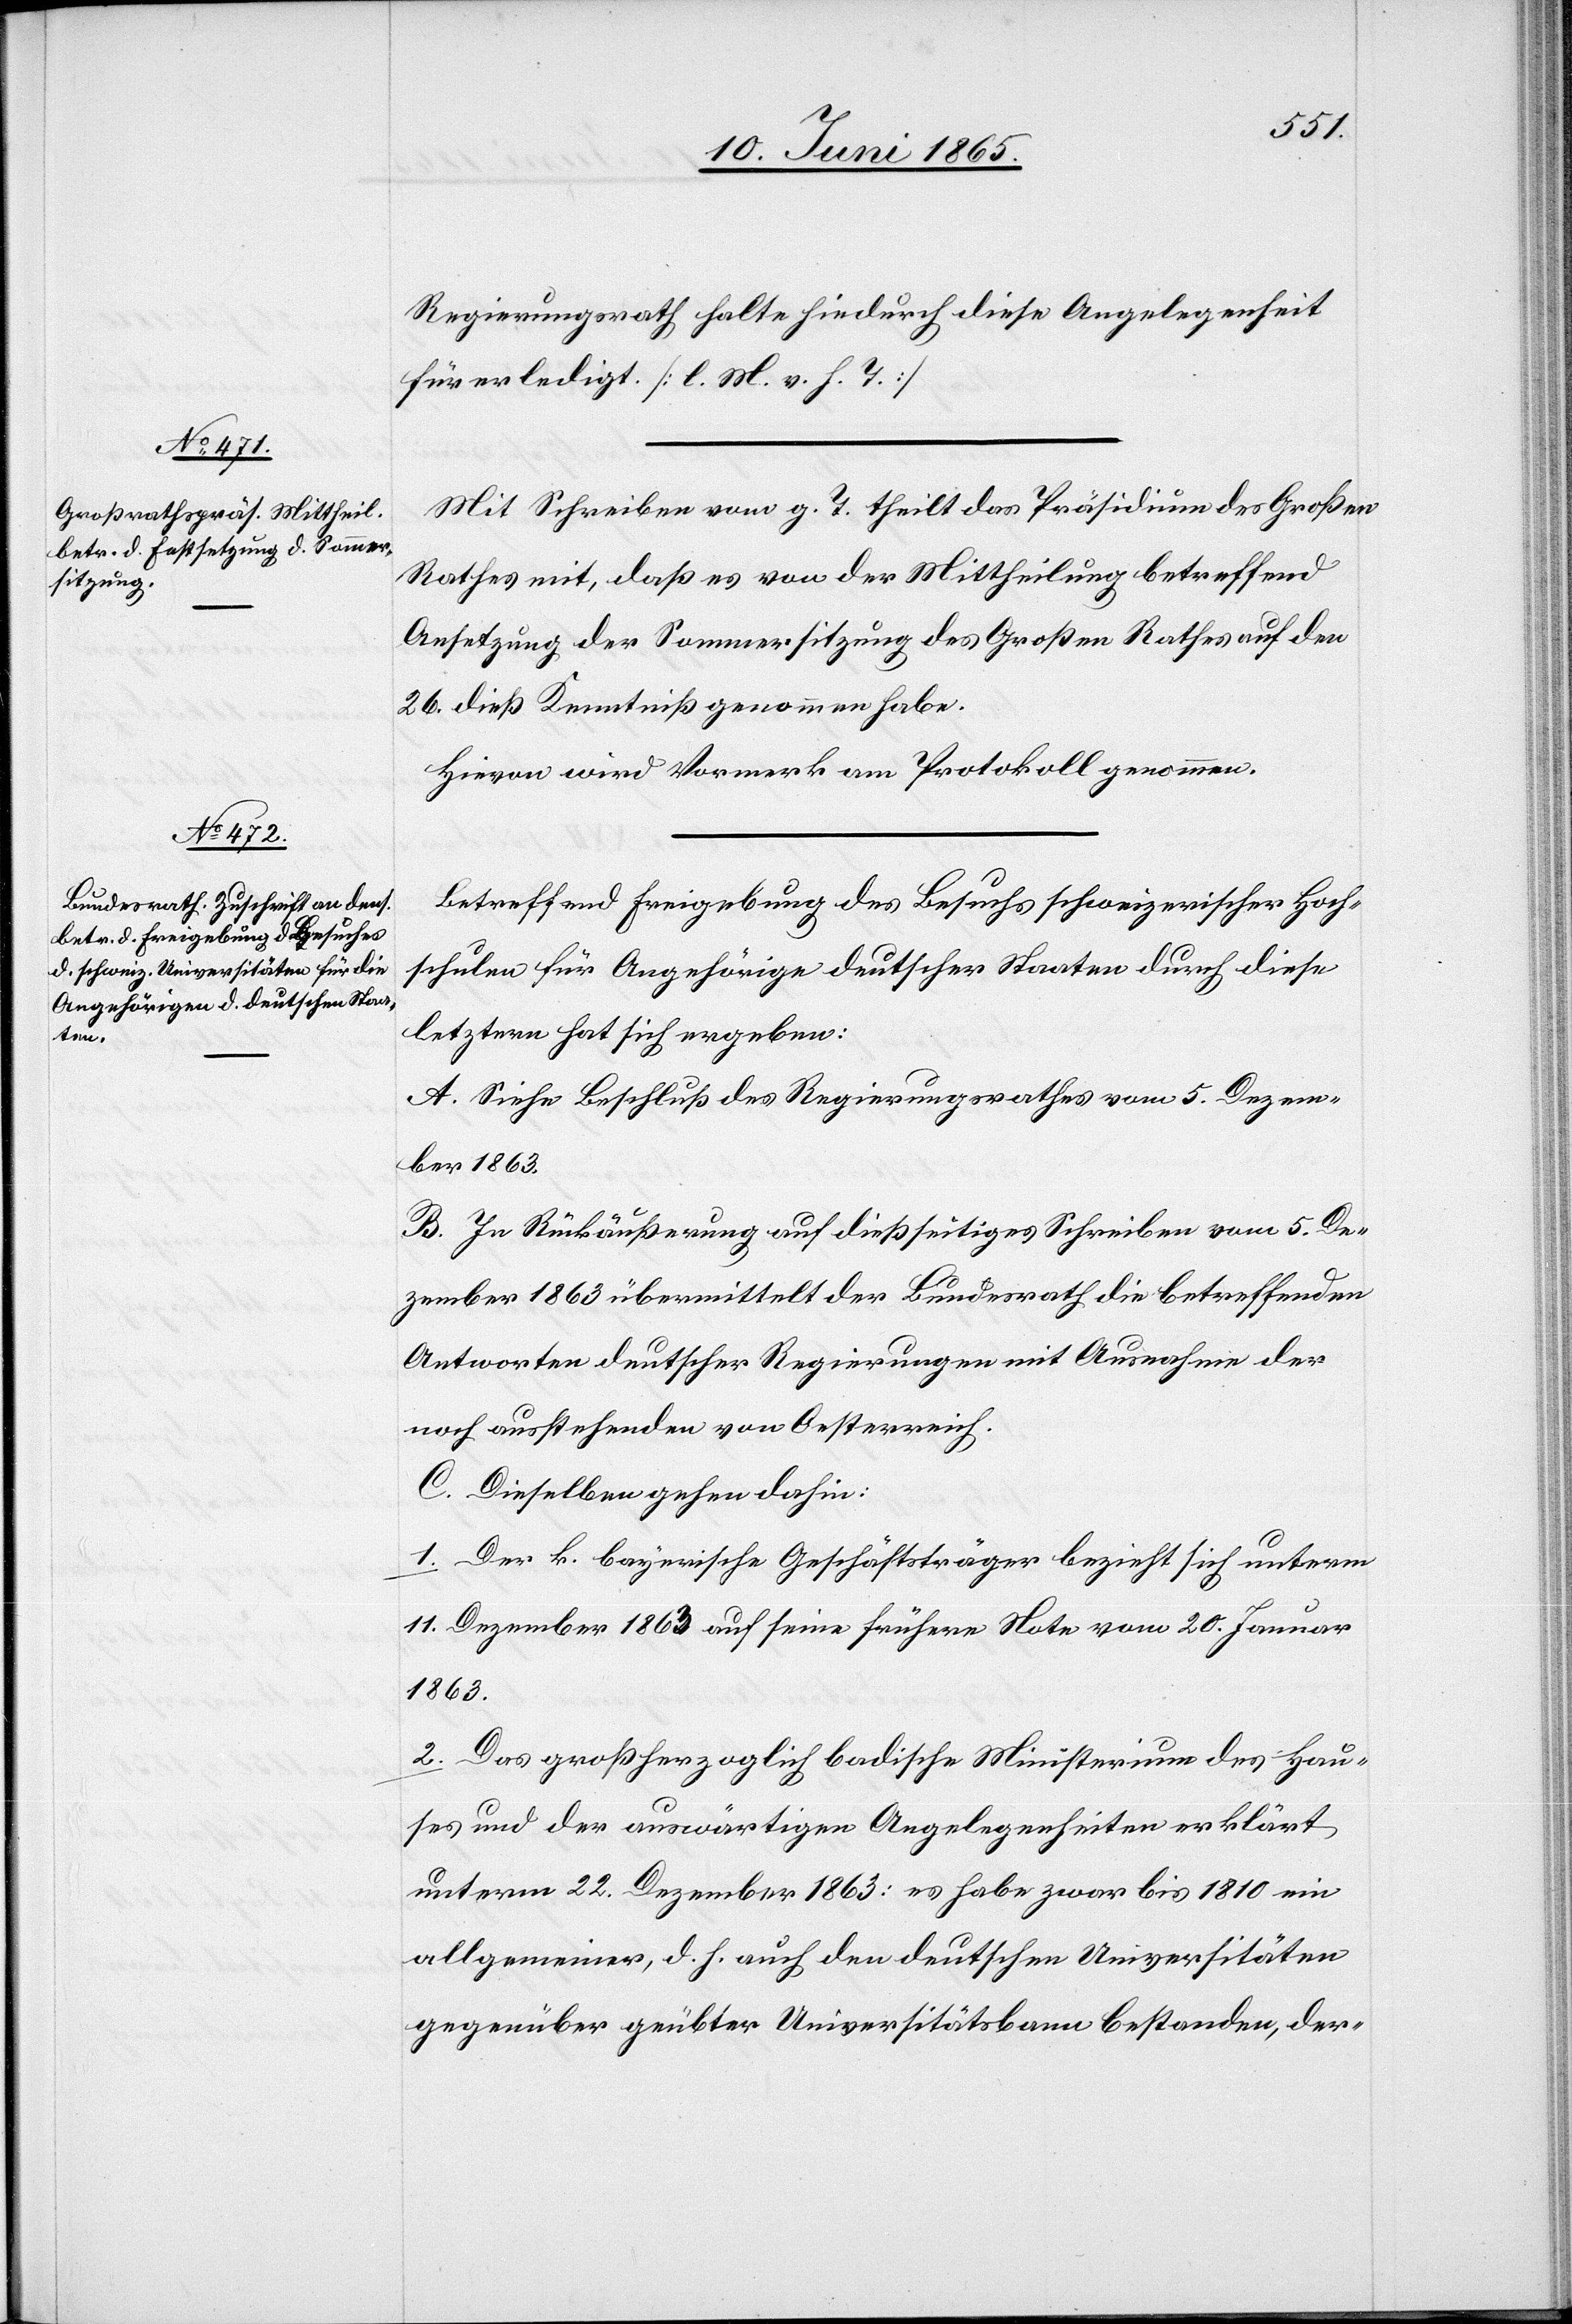
Regierungsrath halte hiedurch diese Angelegenheit
für erledigt. [l. M. v. h. T.]
Mit Schreiben vom g. T. theilt das Präsidium des Großen
Rathes mit, daß es von der Mittheilung betreffend
Ansetzung der Sommersitzung des Großen Rathes auf den
26. dieß Kenntniß genommen habe.
Hievon wird Vormerk am Protokoll genommen.
Betreffend Freigebung des Besuches schweizerischer Hoch¬
schulen für Angehörige deutscher Staaten durch diese
letztern hat sich ergeben:
A. Siehe Beschluß des Regierungsrathes vom 5. Dezem¬
ber 1863.
B. In Rückäußerung auf dießseitiges Schreiben vom 5. De¬
zember 1863 übermittelt der Bundesrath die betreffenden
Antworten deutscher Regierungen mit Ausnahme der
noch ausstehenden von Oesterreich.
C. Dieselben gehen dahin:
1. Der k. bayerische Geschäftsträger bezieht sich unterm
11. Dezember 1863 auf seine frühere Note vom 20. Januar
1863.
2. Das großherzoglich badische Ministerium des Hau¬
ses und der auswärtigen Angelegenheiten erklärt
unterm 22. Dezember 1863: es habe zwar bis 1810 ein
allgemeiner, d. h. auch den deutschen Universitäten
gegenüber geübter Universitätsbann bestanden, der-